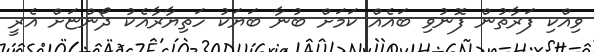
ވިއްކި ފަރާތުން ފޮނުވި ބައެއް ކަމަށް ބުނާ ބަޔަކު ހަތިޔާރާއެކު ދޯންޏަށް އެރީ